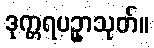
ဒုက္ကရပဥှာသုတ်။